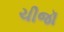
ચીજૉ